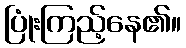
ပြုံးကြည့်နေ၏။